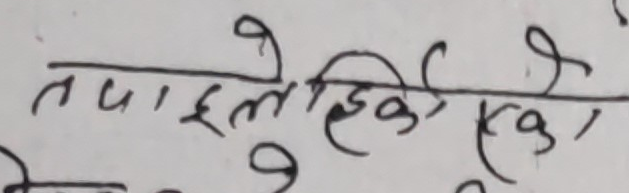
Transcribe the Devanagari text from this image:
तपाईले हेरिको एक।